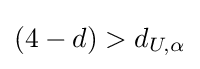
{\textstyle (4-d)>d_{U,\alpha }}